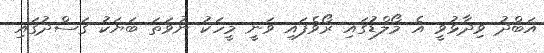
އަބްދު ވިދާޅުވީ އެ މޯލްޑުގައި ރޯވެފައި ވަނީ މީހަކު ނުވަތަ ބަޔަކު ގަސްދުގައި